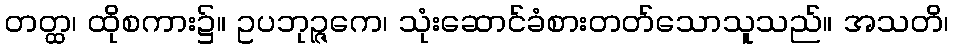
တတ္ထ၊ ထိုစကား၌။ ဥပဘုဉ္ဇကေ၊ သုံးဆောင်ခံစားတတ်သောသူသည်။ အသတိ၊